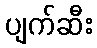
ပျက်ဆီး